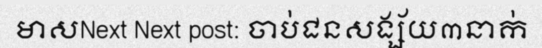
មាសNext Next post: ចាប់ជនសង្ស័យ៣នាក់